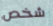
شخص